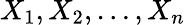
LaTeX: X_{1},X_{2},\ldots,X_{n}